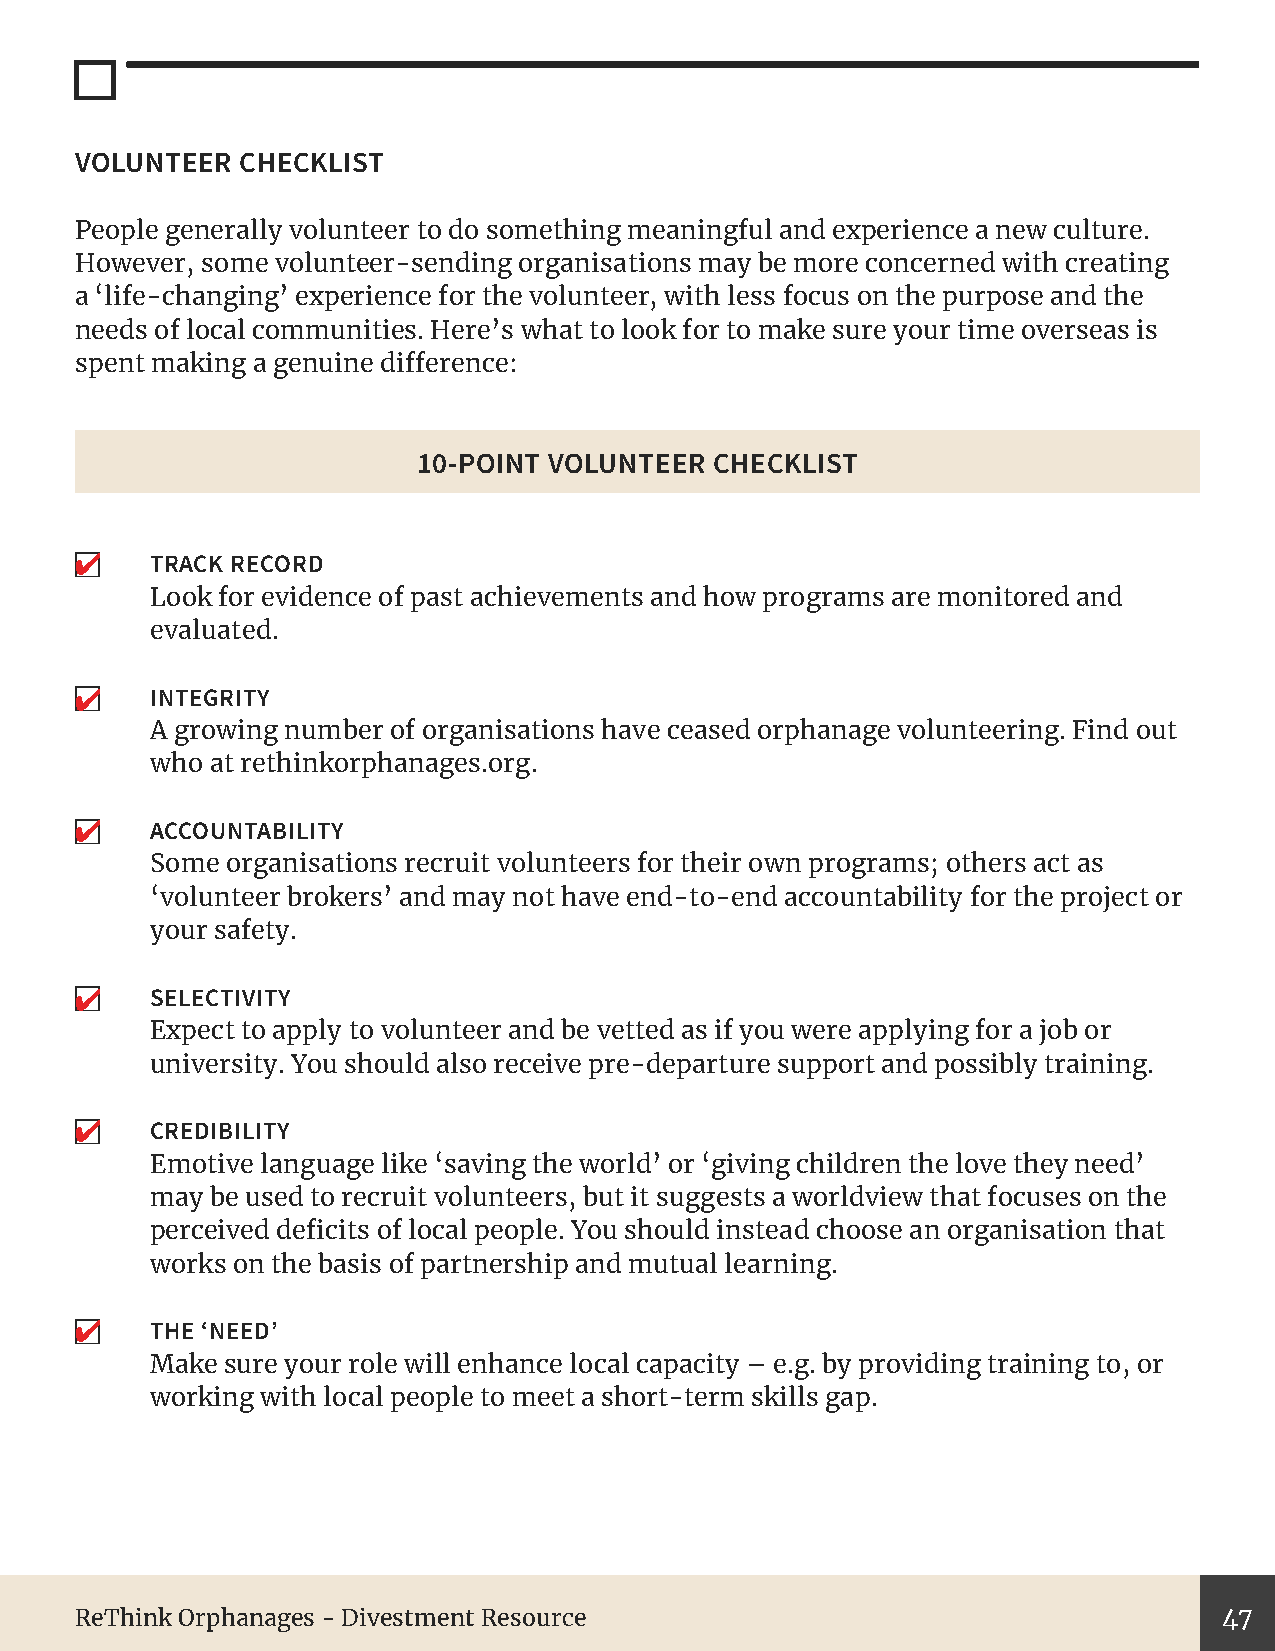
VOLUNTEER  CHECKLIST
 People generally volunteer to do something meaningful and experience a new culture.
 However, some volunteer-sending organisations may be more concerned with creating
 a ‘life-changing’ experience for the volunteer, with less focus on the purpose and the
 needs of local communities. Here’s what to look for to make sure your time overseas is
 spent making a genuine difference:
 10-POINT VOLUNTEER CHECKLIST
 ✔
 TRACK RECORD
 Look for evidence of past achievements and how programs are monitored and
 evaluated.
 ✔   INTEGRITY
 A growing number of organisations have ceased orphanage volunteering. Find out
 who at rethinkorphanages.org.
 ✔
 ACCOUNTABILITY
 Some organisations recruit volunteers for their own programs; others act as
 ‘volunteer brokers’ and may not have end-to-end accountability for the project or
 your safety.
 ✔   SELECTIVITY
 Expect to apply to volunteer and be vetted as if you were applying for a job or
 university. You should also receive pre-departure support and possibly training.
 ✔
 CREDIBILITY
 Emotive language like ‘saving the world’ or ‘giving children the love they need’
 may be used to recruit volunteers, but it suggests a worldview that focuses on the
 perceived deficits of local people. You should instead choose an organisation that
 works on the basis of partnership and mutual learning.
 ✔
 THE ‘NEED’
 Make sure your role will enhance local capacity – e.g. by providing training to, or
 working with local people to meet a short-term skills gap.
 ReThink Orphanages - Divestment Resource                                    47